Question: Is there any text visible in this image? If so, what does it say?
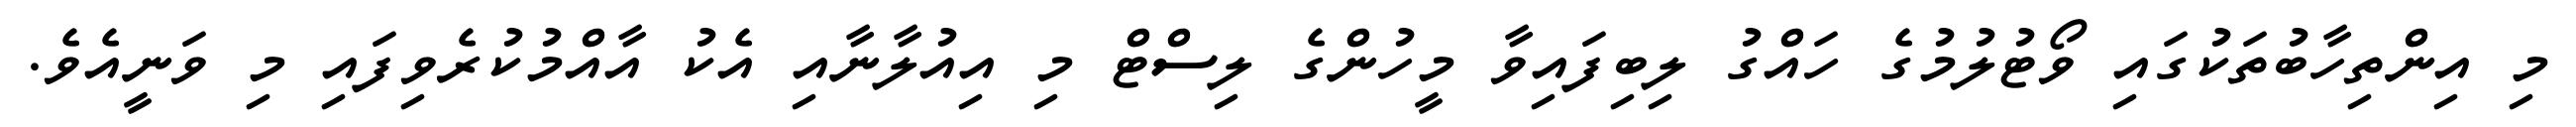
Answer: މި އިންތިހާބުތަކުގައި ވޯޓުލުމުގެ ހައްގު ލިބިފައިވާ މީހުންގެ ލިސްޓް މި އިއުލާނާއި އެކު އާއްމުކުރެވިފައި މި ވަނީއެވެ.